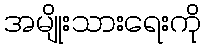
အမျိုးသားရေးကို